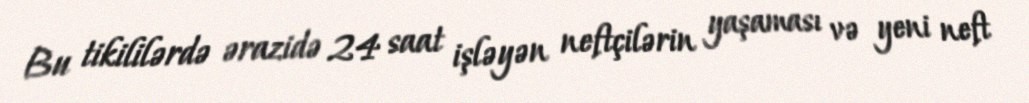
Bu tikililərdə ərazidə 24 saat işləyən neftçilərin yaşaması və yeni neft